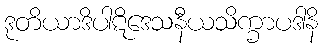
ဒုတိယာဒိပါဋိဒေသနီယသိက္ခာပဒါနိ